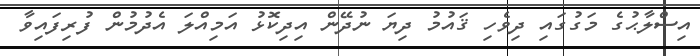
އިސްލާޙުގެ މަގުގައި ދިވެހި ޤައުމު ދިޔަ ނުދޭން އިދިކޮޅު އަމިއްލަ އެދުމުން ފުރިފައިވާ